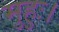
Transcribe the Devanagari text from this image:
मुहुः।